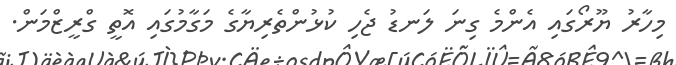
މިހާރު ޔޫރޯގައި އެންމެ ގިނަ ލަނޑު ޖެހި ކުޅުންތެރިޔާގެ މަގާމުގައި އޮތީ ގްރީޒްމަން.